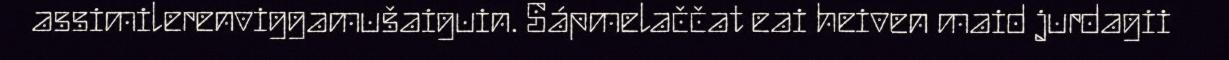
assimilerenviggamušaiguin. Sápmelaččat eai heiven maid jurdagii